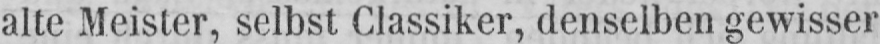
alte Meister, selbst Classiker, denselben gewisser